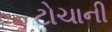
ટોચાની